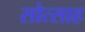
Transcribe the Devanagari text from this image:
सोत्साह